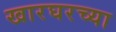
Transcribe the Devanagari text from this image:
खारघरच्या